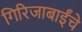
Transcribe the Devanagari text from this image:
गिरिजाबाईंचे